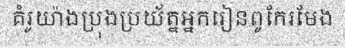
គំរូយ៉ាងប្រុងប្រយ័ត្នអ្នករៀនពូកែរមែង